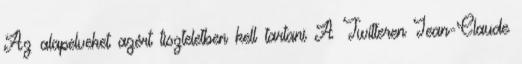
Az alapelveket azért tiszteletben kell tartani A Twitteren Jean-Claude